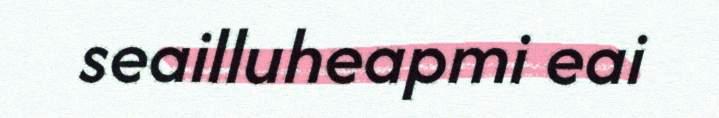
seailluheapmi eai